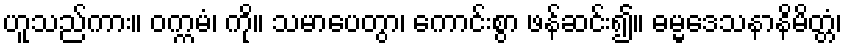
ဟူသည်ကား။ ဝက္ကမံ၊ ကို။ သမာပေတွာ၊ ကောင်းစွာ ဖန်ဆင်း၍။ ဓမ္မဒေသနာနိမိတ္တံ၊